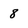
Character: 8